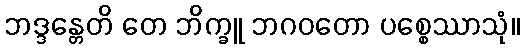
ဘဒ္ဒန္တေတိ တေ ဘိက္ခူ ဘဂဝတော ပစ္စေဿာသုံ။